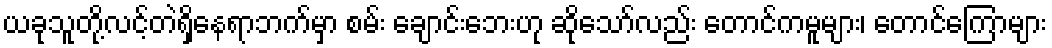
ယခုသူတို့လင့်တဲရှိနေရာဘက်မှာ စမ်း ချောင်းဘေးဟု ဆိုသော်လည်း တောင်ကမူများ၊ တောင်ကြောများ